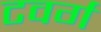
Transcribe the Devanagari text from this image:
टवर्ग